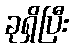
ခုရှိပြီး